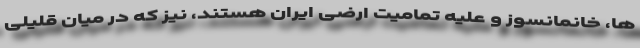
ها، خانمانسوز و علیه تمامیت ارضی ایران هستند، نیز که در میان قلیلی